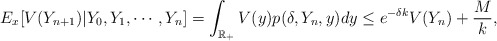
\begin{align*}E_x[V(Y_{n+1})|Y_0, Y_1, \cdots, Y_n] = \int_{\mathbb{R}_+}V(y)p(\delta,Y_n,y)dy \le e^{-\delta k}V(Y_n)+\frac{M}{k},\end{align*}